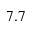
7 . 7